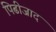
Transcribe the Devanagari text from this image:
पिढीजाद